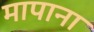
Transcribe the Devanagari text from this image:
मापाना